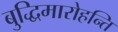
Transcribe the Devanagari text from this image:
बुद्धिमारोहन्ति